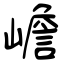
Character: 嶦